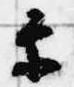
参